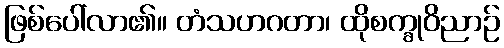
ဖြစ်ပေါ်လာ၏။ တံသဟဂတာ၊ ထိုစက္ခုဝိညာဉ်